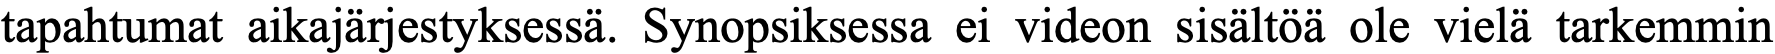
tapahtumat aikajärjestyksessä. Synopsiksessa ei videon sisältöä ole vielä tarkemmin